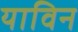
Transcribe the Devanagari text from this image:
याविन